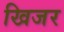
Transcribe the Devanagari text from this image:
खिजर